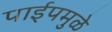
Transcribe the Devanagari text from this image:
पाईपमुळे